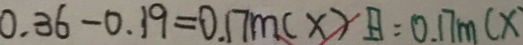
0 . 3 6 - 0 . 1 9 = 0 . 1 7 m ( \times ) 8 = 0 . 1 7 m ( \times